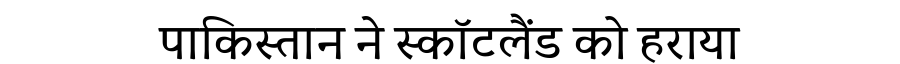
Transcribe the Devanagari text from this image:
पाकिस्तान ने स्कॉटलैंड को हराया